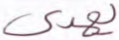
يهدى